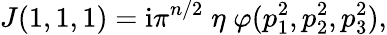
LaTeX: J(1,1,1)={\mathrm{i}}\pi^{n/2}\; \eta\; \varphi(p_{1}^{2},p_{2}^{2},p_{3}^{2}),